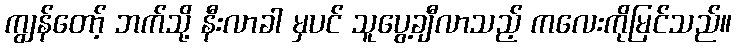
ကျွန်တော့် ဘက်သို့ နီးလာခါ မှပင် သူပွေ့ချီလာသည့် ကလေးကိုမြင်သည်။